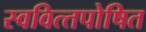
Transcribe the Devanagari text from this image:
स्‍ववित्‍तपोषित